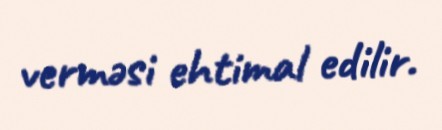
verməsi ehtimal edilir.